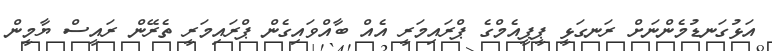
އަޅުގަނޑުމެންނަށް ރަނގަޅީ ޕީޕީއެމްގެ ޕްރައިމަރީ އެއް ބާއްވައިގެން ޕްރައިމަރީ ތެރޭން ރައީސް ޔާމީން